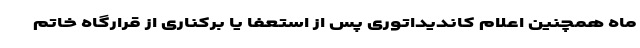
ماه همچنین اعلام کاندیداتوری پس از استعفا یا برکناری از قرارگاه خاتم